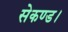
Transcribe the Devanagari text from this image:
सेकण्ड।